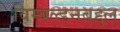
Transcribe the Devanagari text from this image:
विम्बल्डनबद्दल